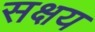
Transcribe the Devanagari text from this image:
सक्षय